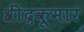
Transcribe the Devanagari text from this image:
श्रींद्रकूमार